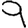
Digit: 9